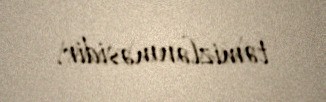
təmizlənməsidir.